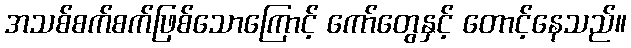
အသစ်စက်စက်ဖြစ်သောကြောင့် ကော်တွေနှင့် တောင့်နေသည်။